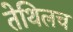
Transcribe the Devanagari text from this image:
तेथिलच